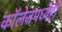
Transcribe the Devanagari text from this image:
कॉलेजमध्येही